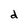
Character: d